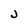
Character: J